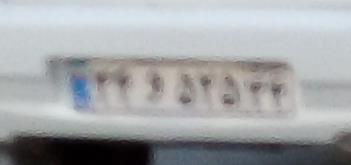
۲۴و۵۲۵۲۴